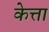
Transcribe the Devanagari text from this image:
केत्ता